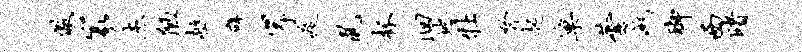
儆篆杰陋柩辟岸疫鼠杯洄地牡弩起巢芸灭脚西睹